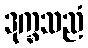
ဒုက္ခသညံ